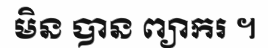
មិន បាន ព្យាករ ។